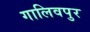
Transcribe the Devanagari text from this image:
गालिवपुर